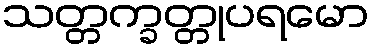
သတ္တက္ခတ္တုပရမော